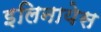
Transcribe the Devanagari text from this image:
इलिनायेस